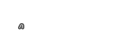
٩